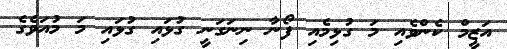
އަޒީމް ކެންވެއި މަ ގުޅިމެއި ފޯނާ ނިނަގަނީ ގުޅައި ގުޅައި މަ މުއަވެގެ